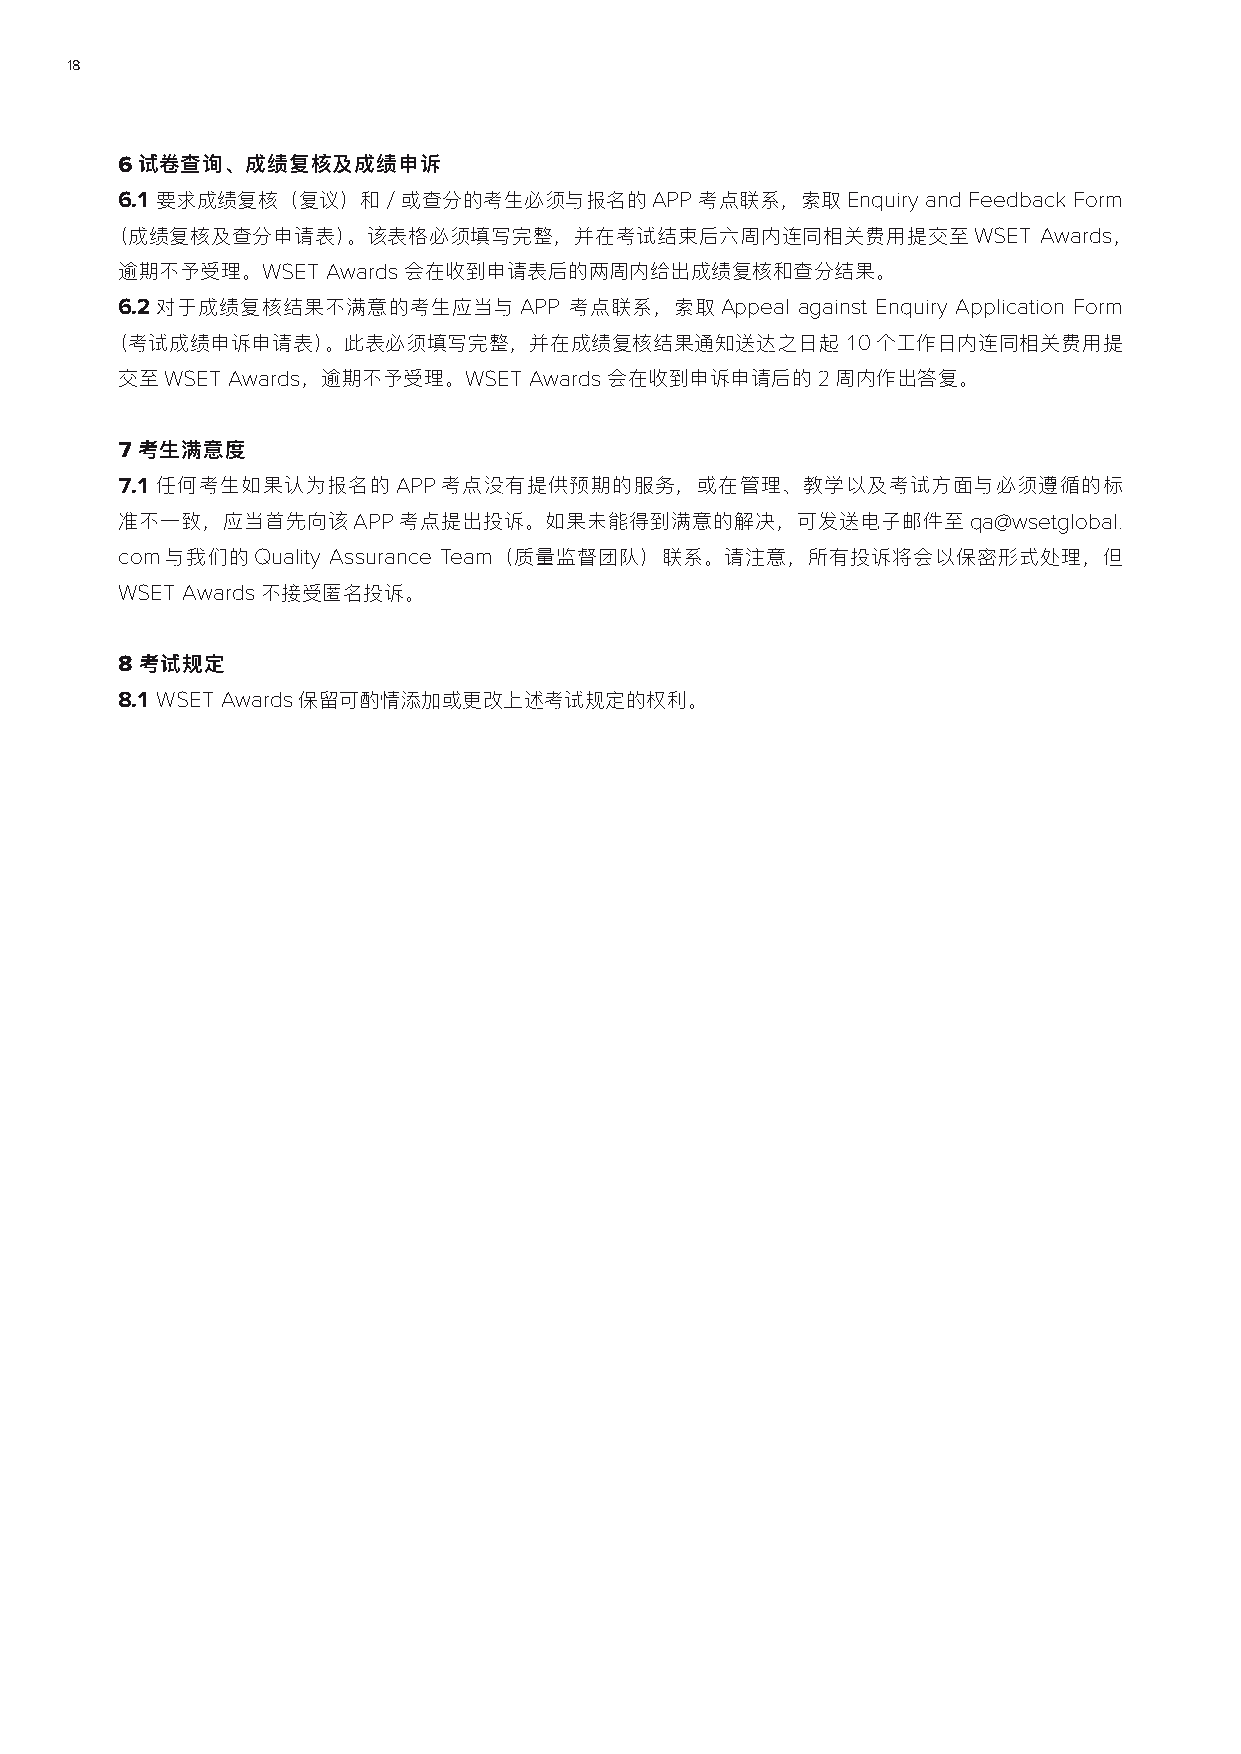
18
 6试卷查询、成绩复核及成绩申诉
 6.1要求成绩复核（复议）和／或查分的考生必须与报名的APP        考点联系，索取Enquiry and Feedback Form
 （成绩复核及查分申请表）。该表格必须填写完整，并在考试结束后六周内连同相关费用提交至WSET                Awards，
 逾期不予受理。WSET   Awards 会在收到申请表后的两周内给出成绩复核和查分结果。
 6.2对于成绩复核结果不满意的考生应当与APP       考点联系，索取Appeal  against Enquiry Application Form
 （考试成绩申诉申请表）。此表必须填写完整，并在成绩复核结果通知送达之日起10个工作日内连同相关费用提
 交至WSET Awards，逾期不予受理。WSET  Awards 会在收到申诉申请后的2周内作出答复。
 7考生满意度
 7.1任何考生如果认为报名的APP考点没有提供预期的服务，或在管理、教学以及考试方面与必须遵循的标
 准不一致，应当首先向该APP考点提出投诉。如果未能得到满意的解决，可发送电子邮件至qa@wsetglobal.
 com与我们的Quality Assurance Team（质量监督团队）联系。请注意，所有投诉将会以保密形式处理，但
 WSET Awards 不接受匿名投诉。
 8 考试规定
 8.1 WSET Awards保留可酌情添加或更改上述考试规定的权利。